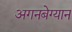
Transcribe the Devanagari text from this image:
अगनबेग्यान